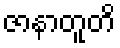
ဇာနာတူတိ